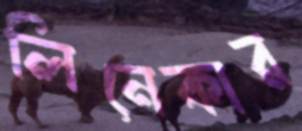
লিনেকার